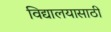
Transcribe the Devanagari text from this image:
विद्यालयासाठी